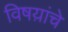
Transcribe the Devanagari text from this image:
विषय़ांचे